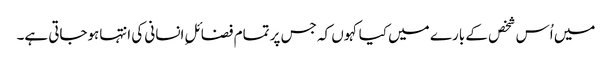
میں اُس شخص کے بارے میں کیا کہوں کہ جس پر تمام فضائلِ انسانی کی انتہاہوجاتی ہے۔